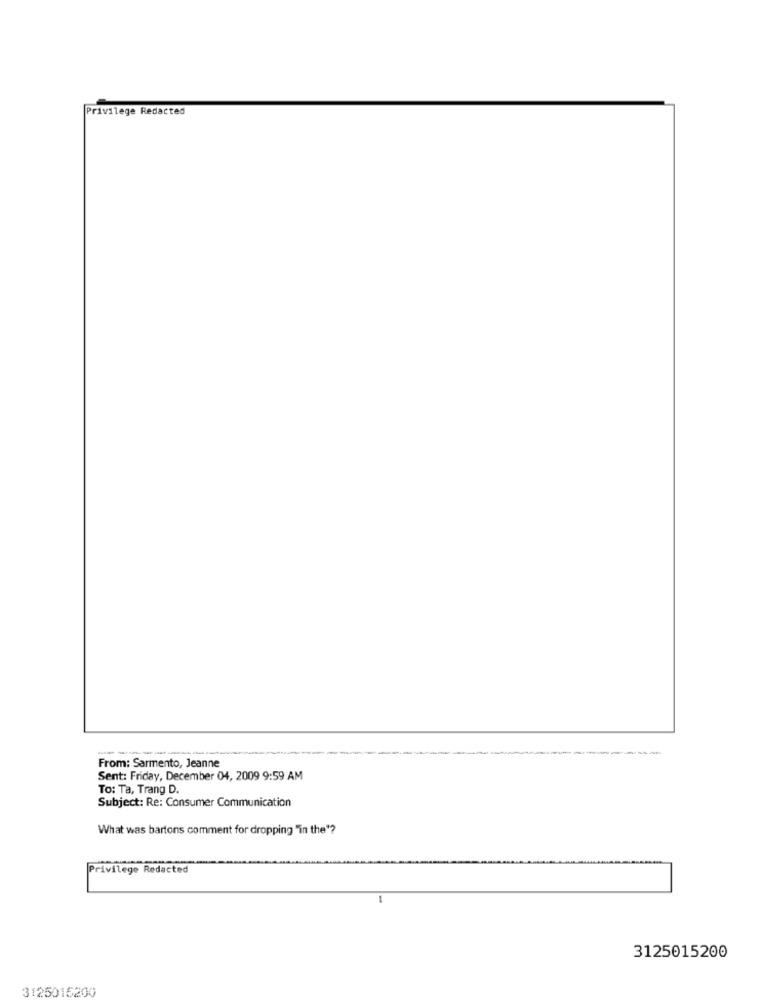
Privilege Redacted
From: Sarmento, Jeanne
Sent: Friday, December 04, 2009 9:59 AM
To: Ta, Trang D.
Subject: Re: Consumer Communication
What was bartons comment for dropping "in the"?
Privilege Redacted
-
3125015200
3125015200